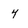
Character: 4